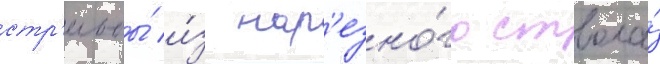
стр'ельбы́ и́з нар'езно́го ствола́